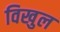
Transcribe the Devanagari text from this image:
विखुल